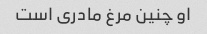
او چنین مرغ مادری است